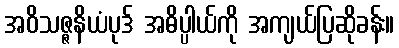
အဝိသဇ္ဇနိယံပုဒ် အဓိပ္ပါယ်ကို အကျယ်ပြဆိုခန်း။